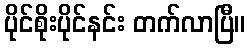
ပိုင်စိုးပိုင်နင်း တက်လာပြီ။